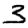
Digit: 3